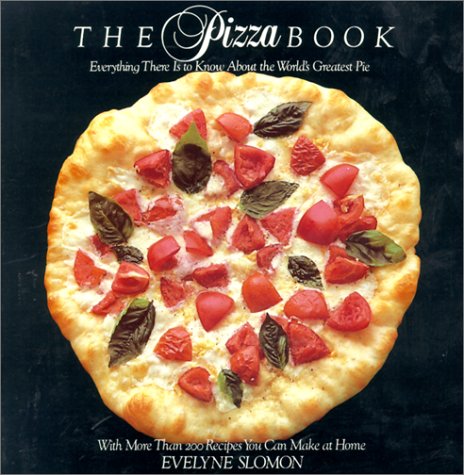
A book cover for The Pizza Book: Everything There Is To Know About the World's Greatest Pie; Evelyne Slomon; Cookbooks, Food & Wine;